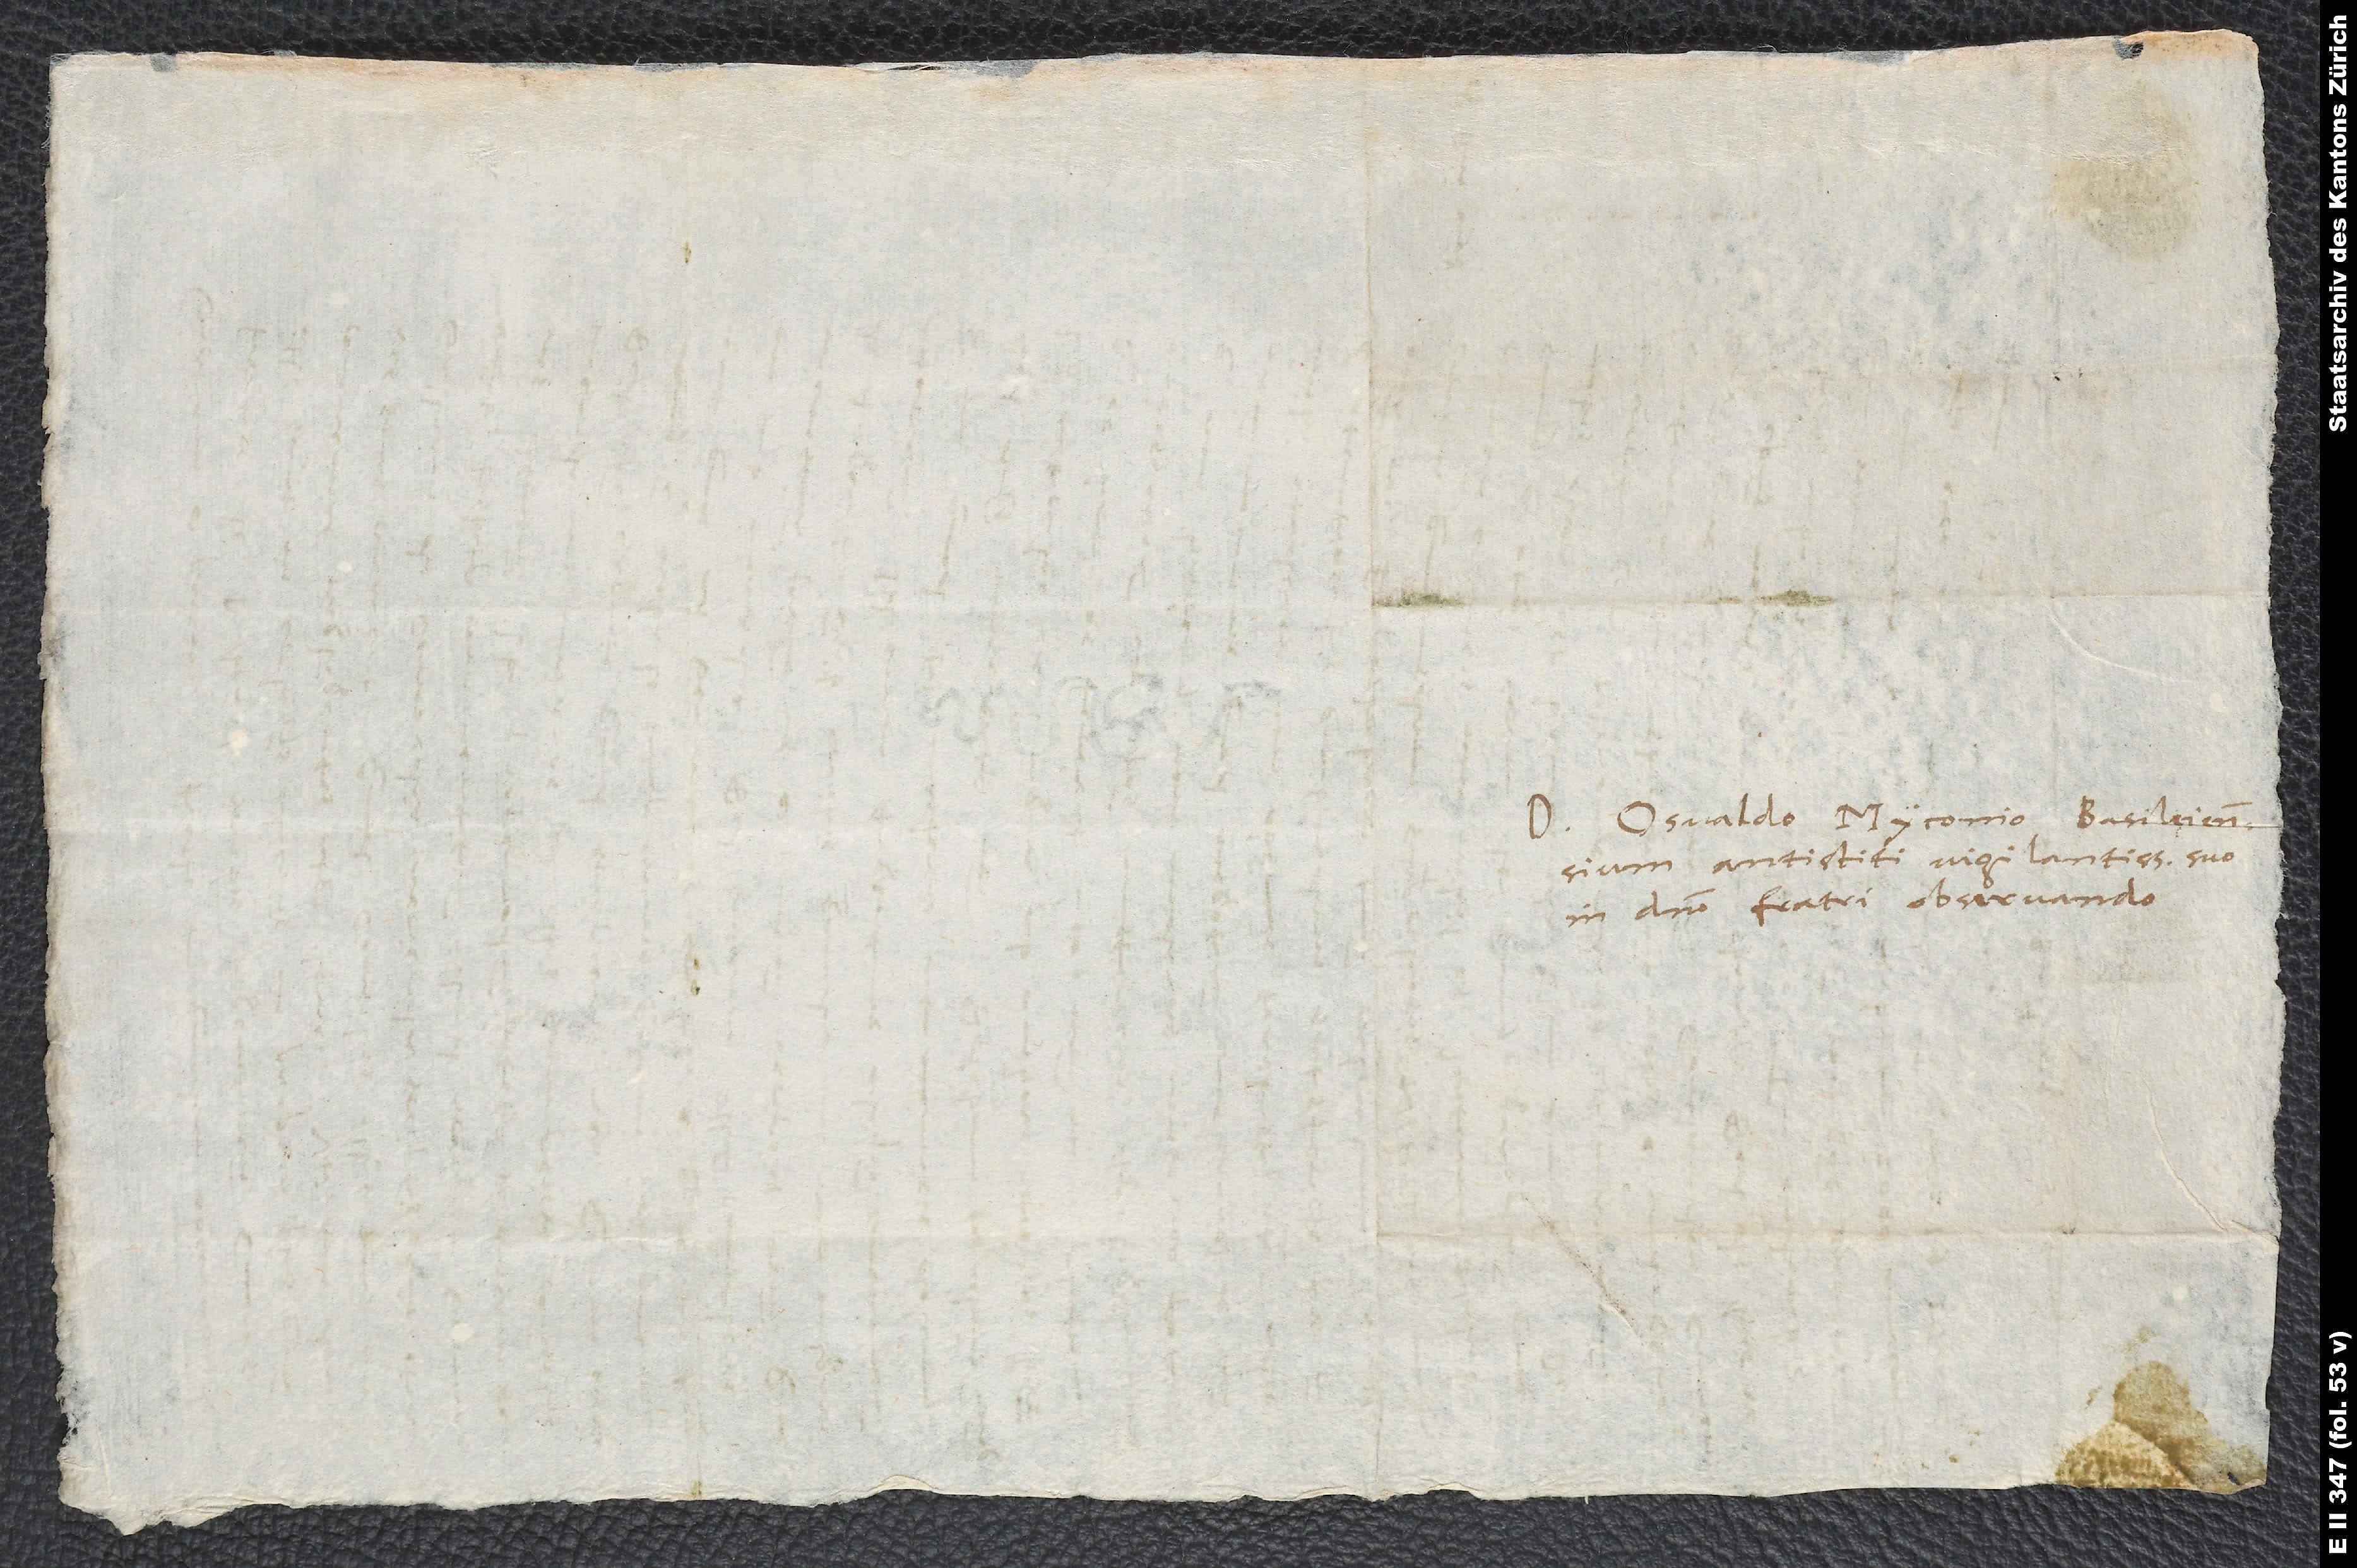
Domino Osvaldo Myconio, Basileiensium
antistiti vigilantissimo, suo
in domino fratri observando.